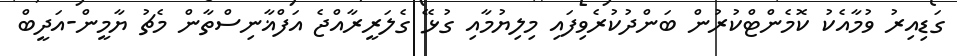
ގަޑިއިރު ވުމާއެކު ކޮމެންޓްކުރުން ބަންދުކުރެވިފައި މިލިޔުމާއި ގުޅޭ ގެލަރީރާއްޖެ އަފްޣާނިސްތާން މެޗު ޔާމީން-އަދީބް